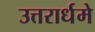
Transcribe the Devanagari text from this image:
उत्तरार्धमे